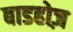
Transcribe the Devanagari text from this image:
बाडहोज़